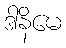
ဒါနိမေ